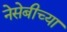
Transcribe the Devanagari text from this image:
नेसेबीच्या